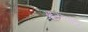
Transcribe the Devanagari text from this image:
आजरसोंडा